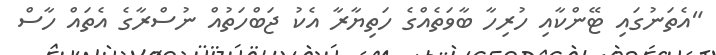
"އެތަނުގައި ޓޭންކާއި ހުރިހާ ބާވަތެއްގެ ހަތިޔާރާ އެކު ޖަބްހަތުއް ނުސްރާގެ އެތައް ހާސް